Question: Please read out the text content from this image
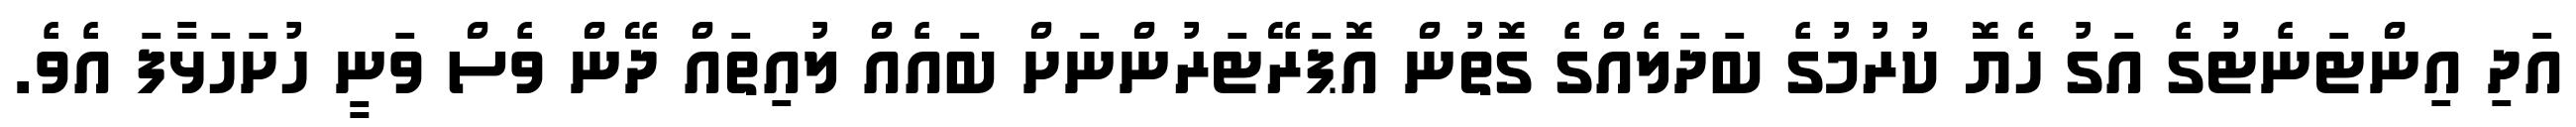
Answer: އަދި އިންޓަނެޓުގެ އަގު ހެޔޮ ކުރުމުގެ ބަދަލެއްގެ ގޮތުން އޮޕަރޭޓަރުންނަށް ބައެއް ލުއިތައް ދޭން ވެސް ވަނީ ހުށަހަޅާފަ އެވެ.